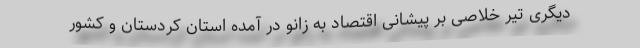
دیگری تیر خلاصی بر پیشانی اقتصاد به زانو در آمده استان کردستان و کشور